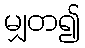
မျှတ၍